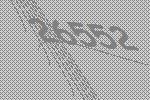
26552